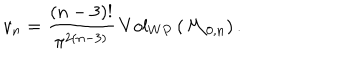
v _ { n } = \frac { ( n - 3 ) ! } { \pi ^ { 2 ( n - 3 ) } } \, V o l _ { W P } \left( { \cal M } _ { 0 , n } \right) .